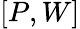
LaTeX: [P,W]